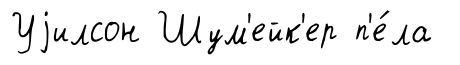
Уjилсон Шум'ейк'ер п'е́ла